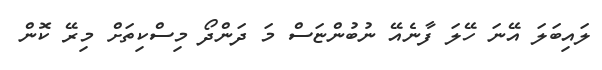
ލައިބަލަ އޭނަ ހޭލަ ފާނެއޭ ނުބުންޏަސް މަ ދަންދޯ މިސްކިތަށް މިރޭ ކޮން